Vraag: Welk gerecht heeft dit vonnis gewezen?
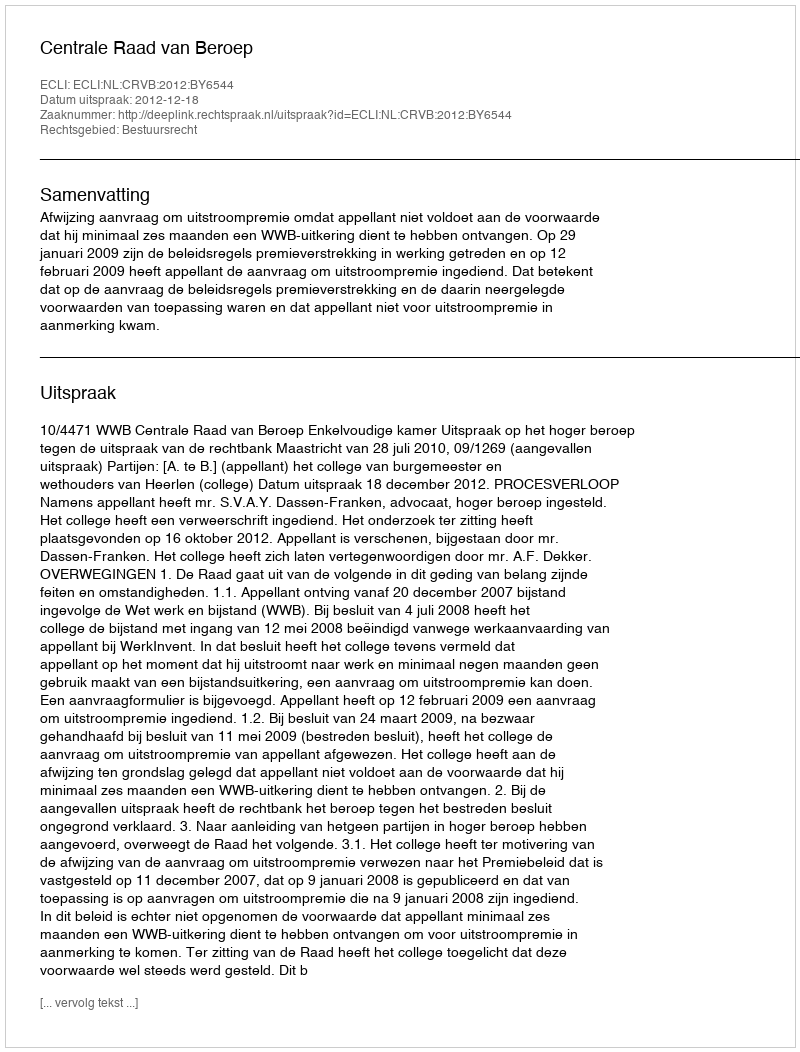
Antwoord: Centrale Raad van Beroep